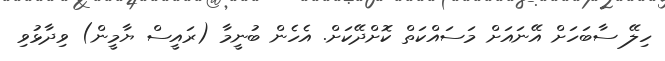
ހިލޭ ސާބަހަށް އޭނައަށް މަސައްކަތް ކޮށްދޭކަށް. އެހެން ބުނީމާ (ރައީސް ޔާމީން) ވިދާޅުވި